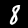
Digit: 8